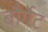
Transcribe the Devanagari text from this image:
बौर्गेट